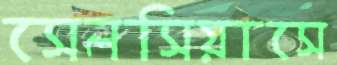
সেলসিয়াসে